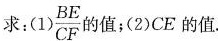
求：(1)\frac{BE}{CF}的值；(2)CE的值.